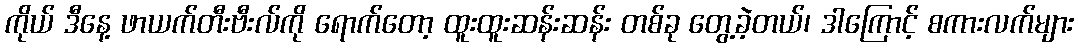
ကိုယ် ဒီနေ့ ဖာယက်တီးဗီးလ်ကို ရောက်တော့ ထူးထူးဆန်းဆန်း တစ်ခု တွေ့ခဲ့တယ်၊ ဒါကြောင့် စကားလက်များ